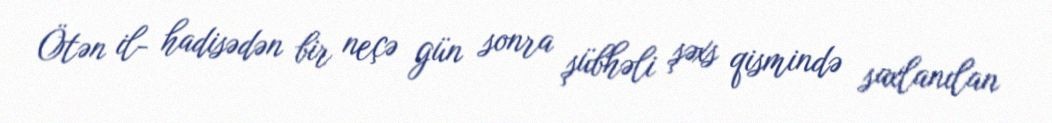
Ötən il- hadisədən bir neçə gün sonra şübhəli şəxs qismində saxlanılan